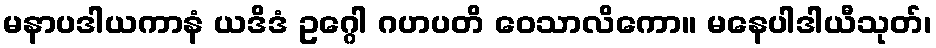
မနာပဒါယကာနံ ယဒိဒံ ဥဂ္ဂေါ ဂဟပတိ ဝေသာလိကော။ မနေပါဒါယီသုတ်၊